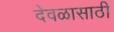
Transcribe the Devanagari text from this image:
देवळासाठी